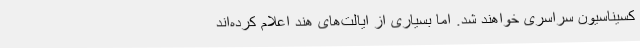
کسیناسیون سراسری خواهند شد. اما بسیاری از ایالت‌های هند اعلام کرده‌اند